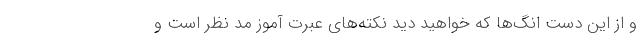
و از این دست انگ‌ها که خواهید دید نکته‌های عبرت آموز مدّ نظر است و